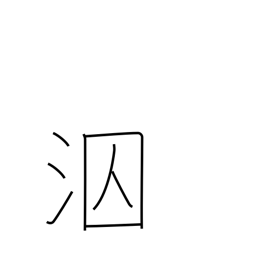
Meaning: swim